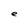
Character: e